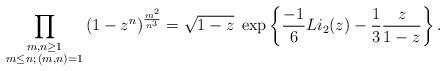
LaTeX: \begin{align*} \prod_{\substack{m,n \geq 1 \\ m \leq n ; \, (m,n)=1}} \left( 1-z^n\right)^{\frac{m^2 }{n^3}} = \sqrt{1-z} \; \exp\left\{\frac{-1}{6} Li_2(z) - \frac{1}{3}\frac{z}{1-z} \right\}.\end{align*}